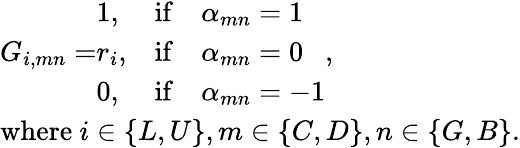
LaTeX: \begin{array}{l}{G_{i,mn}=\begin{array}{lll}{1,}&{\mathrm{if}}&{\alpha_{mn}=1}\\ {r_{i},}&{\mathrm{if}}&{\alpha_{mn}=0}\\ {0,}&{\mathrm{if}}&{\alpha_{mn}=-1}\end{array},}\\ {\mathrm{where~}i\in\{ L,U\} ,m\in\{ C,D\} ,n\in\{ G,B\} .}\end{array}